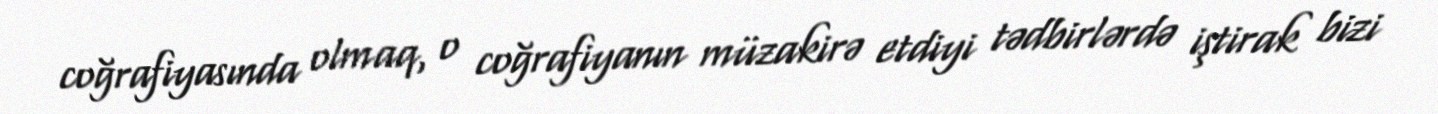
coğrafiyasında olmaq, o coğrafiyanın müzakirə etdiyi tədbirlərdə iştirak bizi